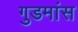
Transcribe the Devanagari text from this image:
गुडमांस